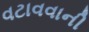
વટાવવાની